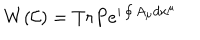
W ( { \cal { C } } ) = T r P e ^ { i \oint { A _ { \mu } d x ^ { \mu } } }